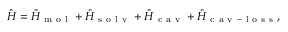
\hat { H } = \hat { H } _ { \mathrm { ~ m ~ o ~ l ~ } } + \hat { H } _ { \mathrm { ~ s ~ o ~ l ~ v ~ } } + \hat { H } _ { \mathrm { ~ c ~ a ~ v ~ } } + \hat { H } _ { \mathrm { ~ c ~ a ~ v ~ - ~ l ~ o ~ s ~ s ~ } } ,